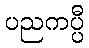
ပညကပ္ပီ